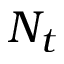
N _ { t }